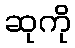
ဆုကို